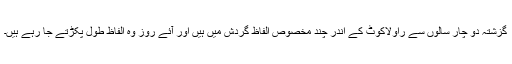
گزشتہ دو چار سالوں سے راولاکوٹ کے اندر چند مخصوص الفاظ گردش میں ہیں اور آئے روز وہ الفاظ طول پکڑتے جا رہے ہیں۔